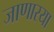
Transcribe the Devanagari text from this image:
जाणारया